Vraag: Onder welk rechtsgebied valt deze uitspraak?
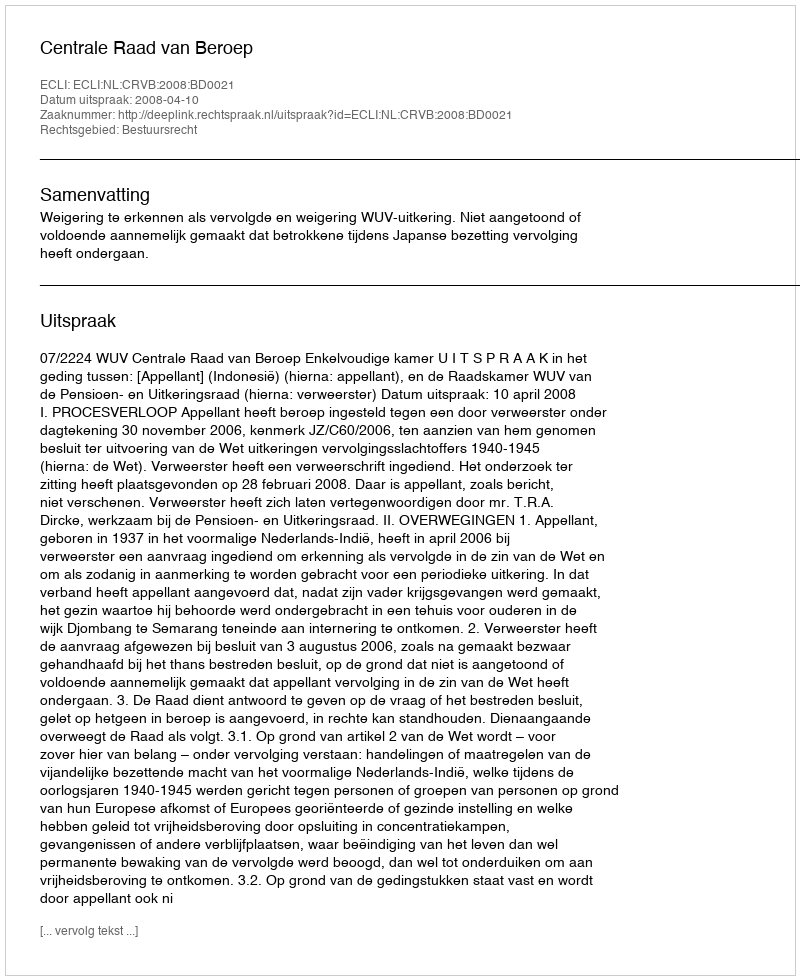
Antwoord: Bestuursrecht